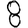
Digit: 8